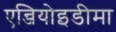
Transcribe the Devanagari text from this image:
एन्जियोइडीमा